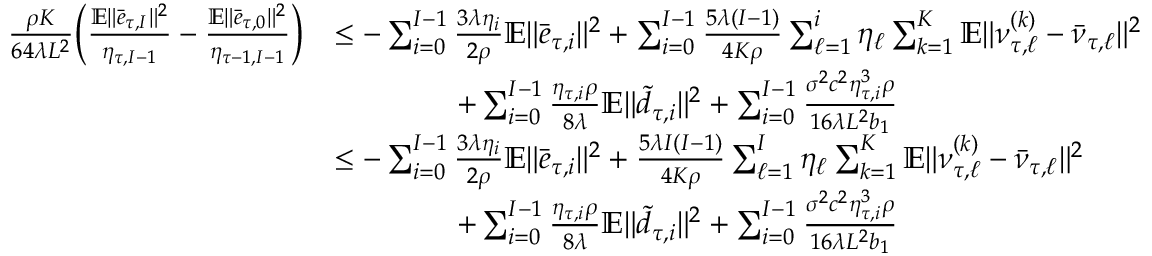
\begin{array} { r l } { \frac { \rho K } { 6 4 \lambda L ^ { 2 } } \bigg ( \frac { \mathbb { E } \| \bar { e } _ { \tau , I } \| ^ { 2 } } { \eta _ { \tau , I - 1 } } - \frac { \mathbb { E } \| \bar { e } _ { \tau , 0 } \| ^ { 2 } } { \eta _ { \tau - 1 , I - 1 } } \bigg ) } & { \leq - \sum _ { i = 0 } ^ { I - 1 } \frac { 3 \lambda \eta _ { i } } { 2 \rho } \mathbb { E } \| \bar { e } _ { \tau , i } \| ^ { 2 } + \sum _ { i = 0 } ^ { I - 1 } \frac { 5 \lambda ( I - 1 ) } { 4 K \rho } \sum _ { \ell = 1 } ^ { i } \eta _ { \ell } \sum _ { k = 1 } ^ { K } \mathbb { E } \| \nu _ { \tau , \ell } ^ { ( k ) } - \bar { \nu } _ { \tau , \ell } \| ^ { 2 } } \\ & { \qquad \qquad + \sum _ { i = 0 } ^ { I - 1 } \frac { \eta _ { \tau , i } \rho } { 8 \lambda } \mathbb { E } \| \tilde { d } _ { \tau , i } \| ^ { 2 } + \sum _ { i = 0 } ^ { I - 1 } \frac { \sigma ^ { 2 } c ^ { 2 } \eta _ { \tau , i } ^ { 3 } \rho } { 1 6 \lambda L ^ { 2 } b _ { 1 } } } \\ & { \leq - \sum _ { i = 0 } ^ { I - 1 } \frac { 3 \lambda \eta _ { i } } { 2 \rho } \mathbb { E } \| \bar { e } _ { \tau , i } \| ^ { 2 } + \frac { 5 \lambda I ( I - 1 ) } { 4 K \rho } \sum _ { \ell = 1 } ^ { I } \eta _ { \ell } \sum _ { k = 1 } ^ { K } \mathbb { E } \| \nu _ { \tau , \ell } ^ { ( k ) } - \bar { \nu } _ { \tau , \ell } \| ^ { 2 } } \\ & { \qquad \qquad + \sum _ { i = 0 } ^ { I - 1 } \frac { \eta _ { \tau , i } \rho } { 8 \lambda } \mathbb { E } \| \tilde { d } _ { \tau , i } \| ^ { 2 } + \sum _ { i = 0 } ^ { I - 1 } \frac { \sigma ^ { 2 } c ^ { 2 } \eta _ { \tau , i } ^ { 3 } \rho } { 1 6 \lambda L ^ { 2 } b _ { 1 } } } \end{array}